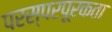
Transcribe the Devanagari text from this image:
परस्परपूरकता